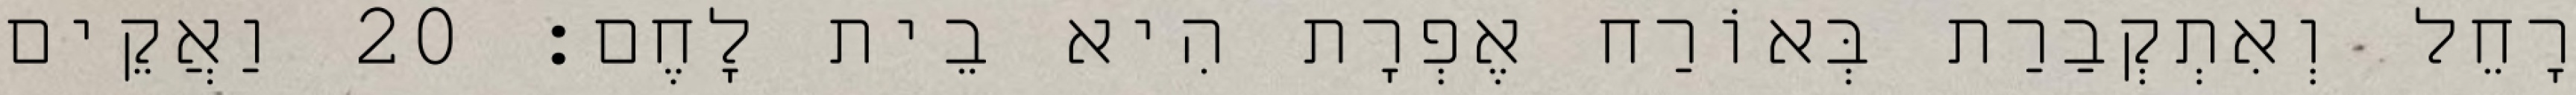
רָחֵל וְאִתְקְבַרַת בְּאוֹרַח אֶפְרָת הִיא בֵית לָחֶם׃ 20 וַאֲקֵים